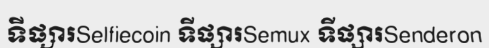
ទីផ្សារSelfiecoin ទីផ្សារSemux ទីផ្សារSenderon